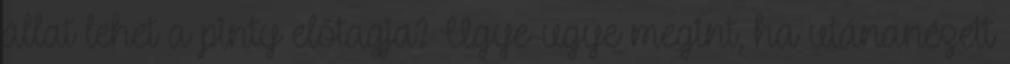
állat lehet a pinty előtagja? Ugye-ugye megint, ha utánanézett